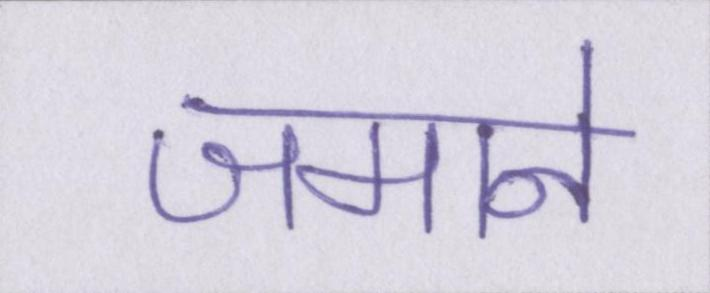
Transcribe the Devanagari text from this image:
जमाने